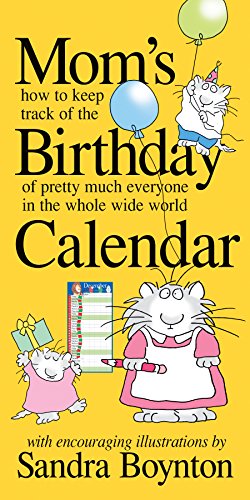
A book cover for Mom's Birthday Calendar; Parenting & Relationships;